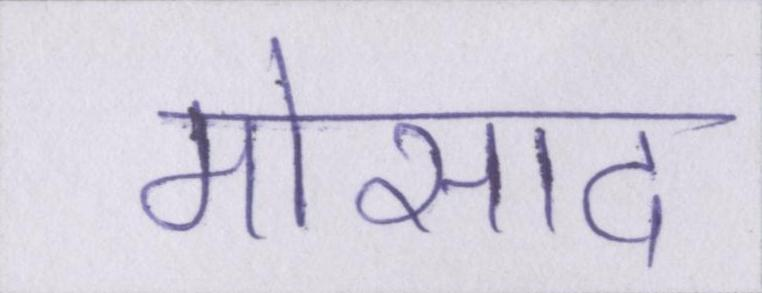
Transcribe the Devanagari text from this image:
मोसाद